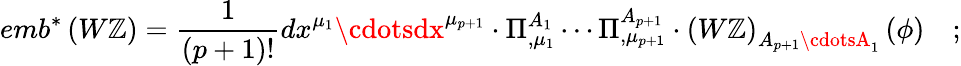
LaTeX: emb^{*}\left(W\mathbb{Z}\right)=\frac{1}{{\left(p+1\right)!}}dx^{\mu_{1}}\cdotsdx^{\mu_{p+1}}\cdot\Pi_{,\mu_{1}}^{A_{1}}\cdots\Pi_{,\mu_{p+1}}^{A_{p+1}}\cdot\left(W\mathbb{Z}\right)_{A_{p+1}\cdotsA_{1}}\left(\phi\right)\quad;